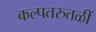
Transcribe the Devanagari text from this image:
कल्पतरुतळीं